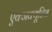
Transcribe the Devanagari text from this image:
एक्जक्यूटिव